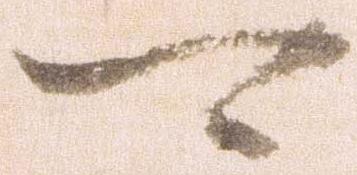
可